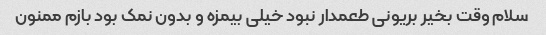
سلام وقت بخیر بریونی طعمدار نبود خیلی بیمزه و بدون نمک بود بازم ممنون